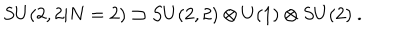
S U ( 2 , 2 | N = 2 ) \supset S U ( 2 , 2 ) \otimes U ( 1 ) \otimes S U ( 2 ) \ .